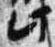
此